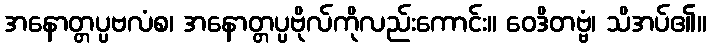
အနောတ္တပ္ပဗလံစ၊ အနောတ္တပ္ပဗိုလ်ကိုလည်းကောင်း။ ဝေဒိတဗ္ဗံ၊ သိအပ်၏။